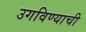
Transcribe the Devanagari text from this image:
उगविण्याची